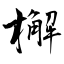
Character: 檞